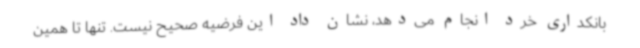
بانکداری خرد انجام می‌دهد، نشان داد این فرضیه صحیح نیست. تنها تا همین